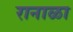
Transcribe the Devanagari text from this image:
रानाळा